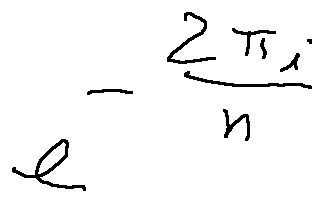
e ^ { - \frac { 2 \pi i } { n } }